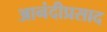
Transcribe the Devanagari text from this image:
आनंदीप्रसाद